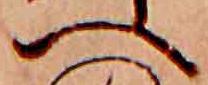
へ